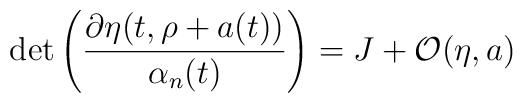
\det\left(\frac{\partial \eta(t,\rho+a(t))}{\alpha_n(t)}\right) = J + {\cal O}(\eta,a)